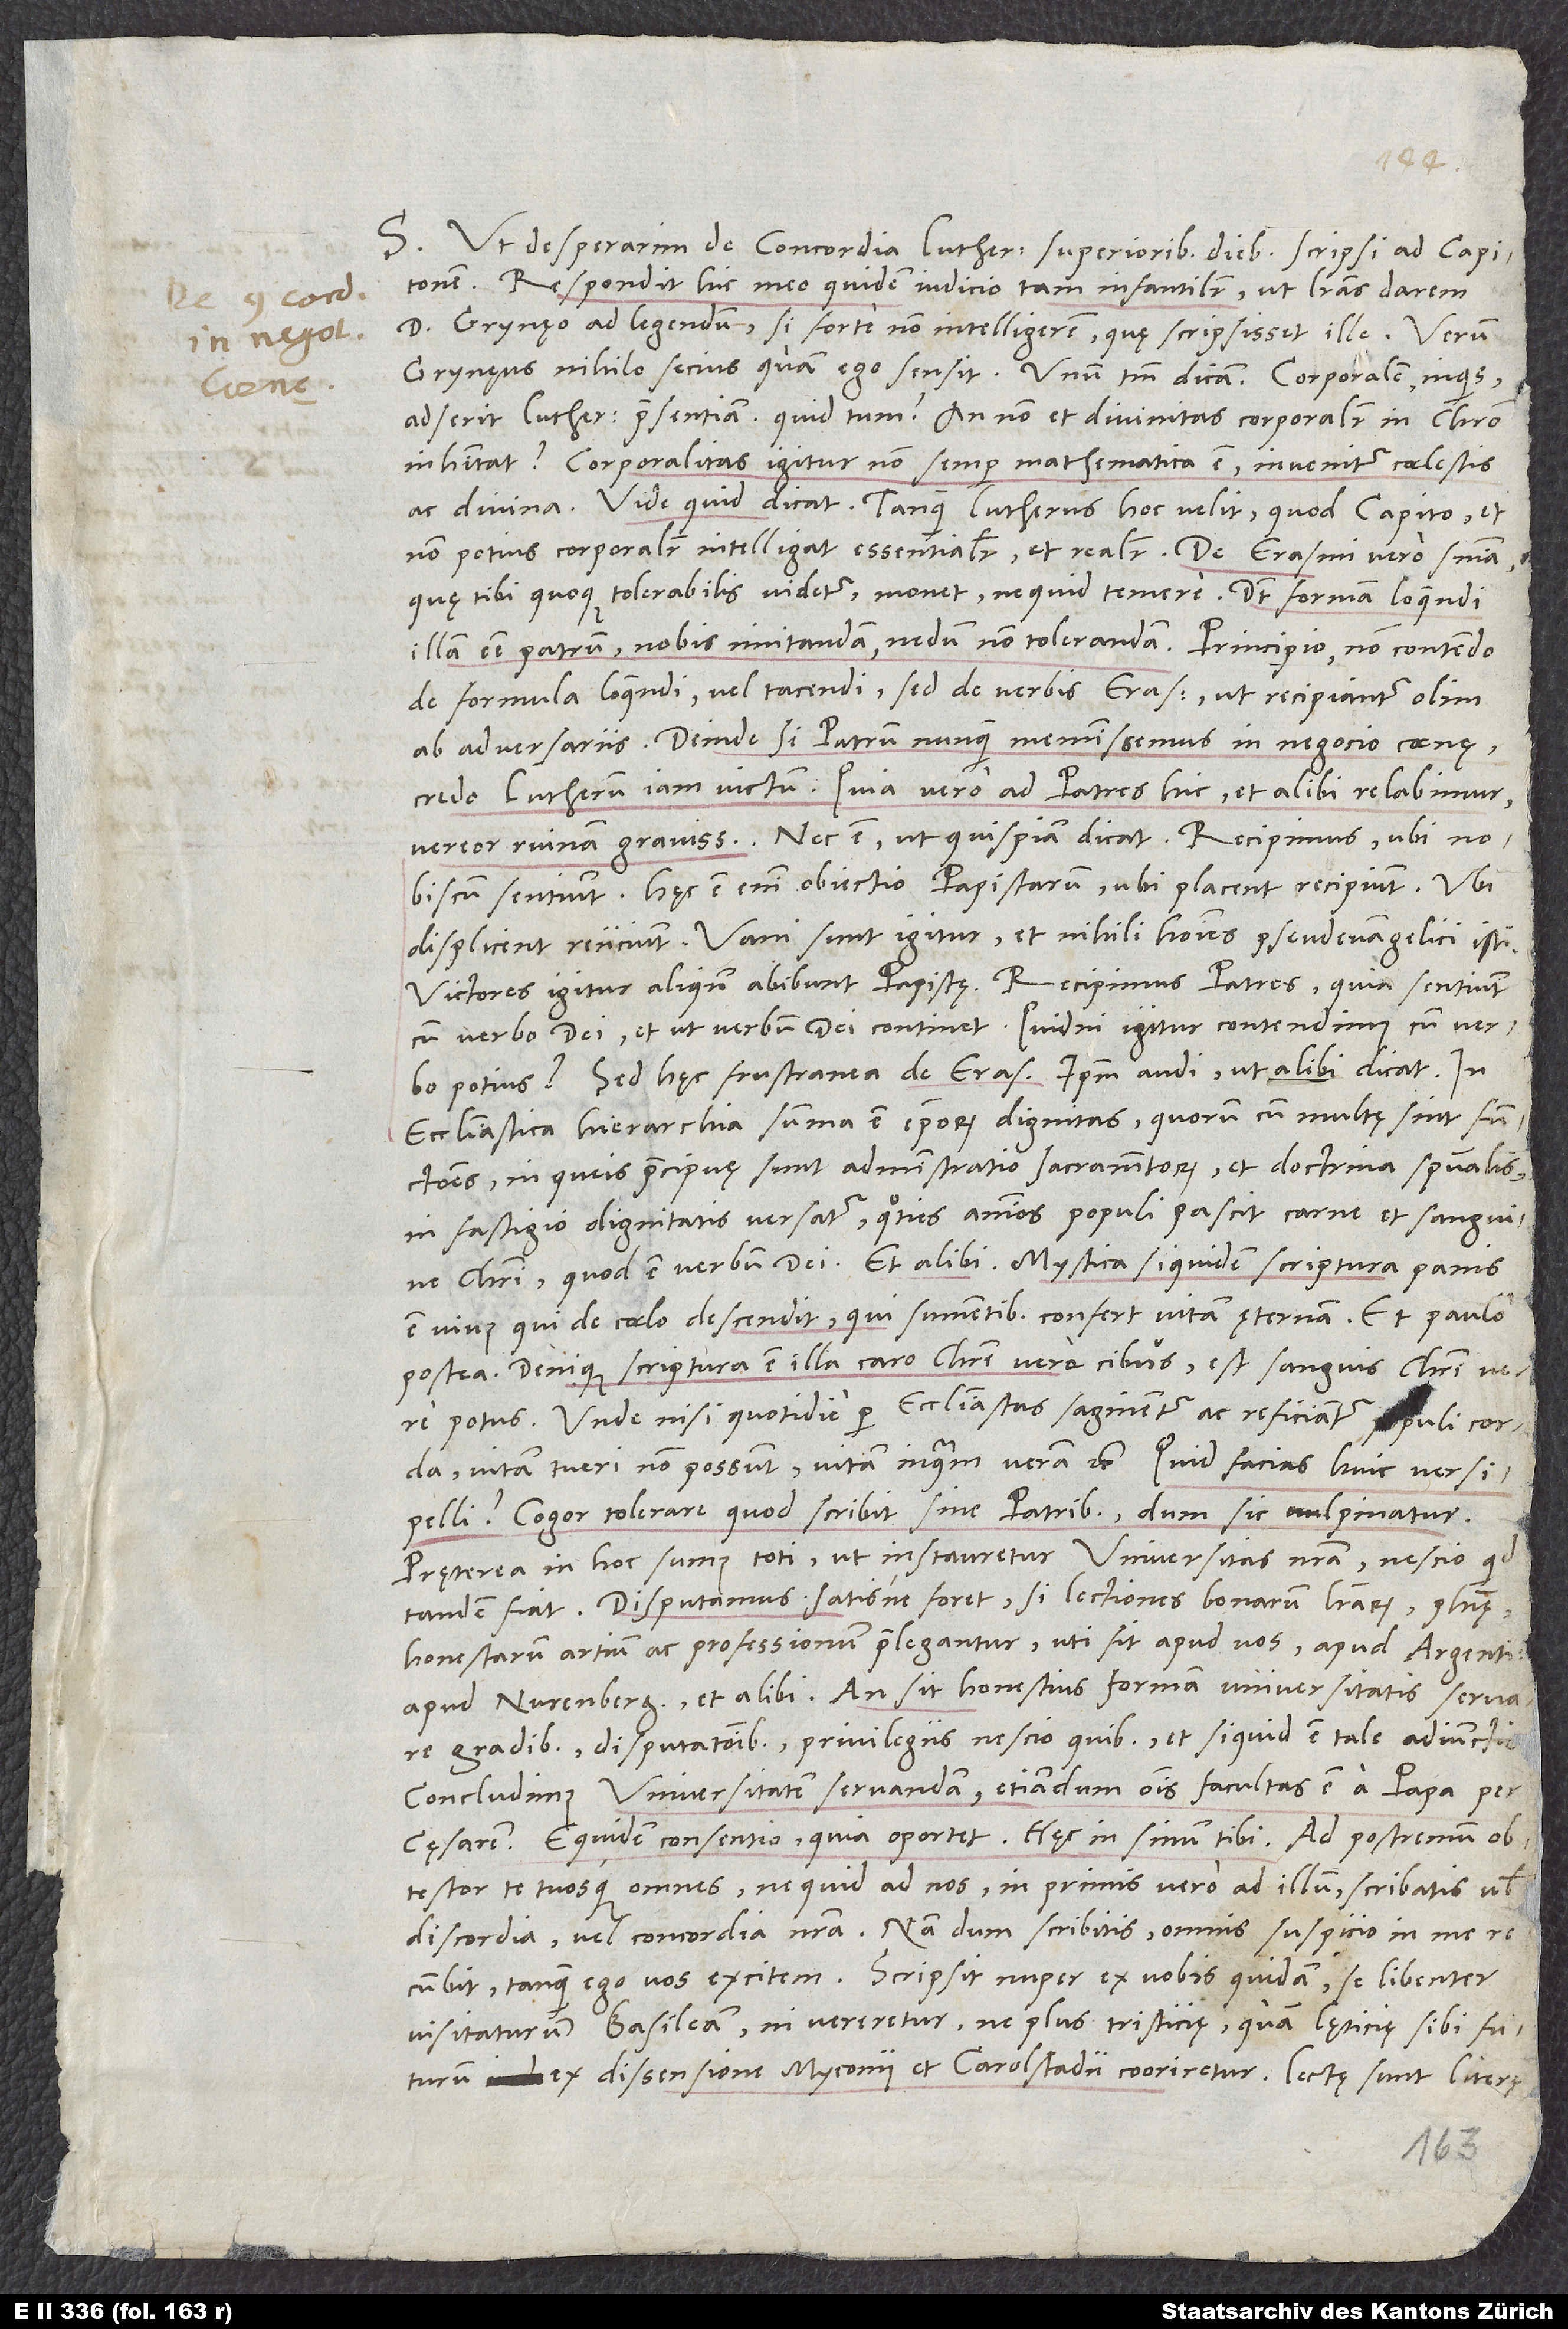
S. Ut desperarim de concordia Lutherana, superioribus diebus scripsi ad Capitonem.
Respondit hic meo quidem iudicio tam infantiliter, ut literas darem
d. Grynęo ad legendum, si forte non intelligerem, quę scripsisset ille, verum
Grynęus nihilo secius quam ego sensit. Unum tantum dicam: "Corporalem, inquis,
adserit Lutherus praesentiam. Quid tum? An non et divinitas corporaliter in Christo
inhabitat? Corporalitas igitur non semper mathematica est; invenitur coelestis
ac divina." Vide, quid dicat, tanquam Lutherus hoc velit quod Capito et
quę tibi quoque tolerabilis videtur, monet, ne quid temere. Dicit formam loquendi
illam esse patrum, nobis imitandam, nedum non tolerandam. Principio non contendo
de formula legendi vel tacendi, sed de verbis Erasmi, ut recipiantur olim
ab adversariis. Deinde, si patrurn nunquam meminissemus in negocio coenę,
credo Lutherum iam victurn. Quia vero ad patres hic et alibi relabimur,
vereor ruinam gravissimam. Nec est, ut quispiam dicat: Recipimus, ubi nobiscum
sentiunt. Haec est enim obiectio papistarum: Ubi placent, recipiunt, ubi
displicent, reiiciunt. Vani sunt igitur et nihili homines pseudevangelici isti.
Victores igitur aliquando abibunt papistę. Recipimus patres, quia sentiunt
cum verbo dei et ut verbum dei continet. Quidni igitur contendimus cum verbo
potius? Sed hęc frustranea de Erasmo. Ipsum audi, ut alibi dicat: "In
ecclesiastica hierarchia summa est episcoporum dignitas. Quorum cum multę sint
in queis praecipuę sunt administratio sacramentorum et doctrina spiritualis,
in fastigio dignitatis versatur, quoties animos populi pascit carne et sanguine
Christi, quod est verbum dei." Et alibi: "Mystica siquidem scriptura panis
est vivus, qui de coelo descendit, qui sumentibus confert vitam ęternam." Et paulo
postea: "Denique scriptura est illa caro Christi, vere cibus, est sanguis Christi, vere
potus, unde nisi quotidie per ecclesiastas saginentur ac reficiantur populi corda,
vitam tueri non possunt, vitam, inquam, veram" etc. Quid facias huic versipelli?
Cogor tolerare, quod scribit sine patribus, dum sic vulpinatur!
Pręterea in hoc sumus toti, ut instauretur universitas nostra. Nescio, quid
tandem fiat. Disputamus, satisne foret, si lectiones bonarum literarum, philosophię,
honestarum artium ac professionum praelegantur, uti sit apud vos, apud Argentinenses,
apud Nurenbergenses et alibi, an sit honestius formam universitatis servare
gradibus, disputationibus, privilegiis nescio quibus et si quid est tale, adiunctis.
Concludimus universitatem servandam, etiam dum omnis facultas est a papa per
cęsarem. Equidem consentio, quia oportet. Haec in sinum tibi.
obtestor te tuosque omnes, ne quid ad nos, in primis vero ad illum, scribatis vel
discordia vel concordia nostra. Nam dum scribitis, omnis suspicio in me
recumbit, tanquam ego vos excitem. Scripsit nuper ex vobis quidam se libenter
visitaturum Basileam, ni vereretur, ne plus tristiciae quam lęticię sibi futurum
ex dissensione Myconii et Carolstadii cooriretur. Lectę sunt litere